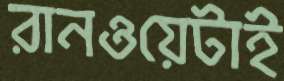
রানওয়েটাই